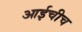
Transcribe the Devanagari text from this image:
आईचीच